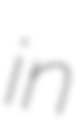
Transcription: in